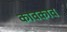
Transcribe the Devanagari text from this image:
कावकाव